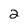
Character: 2